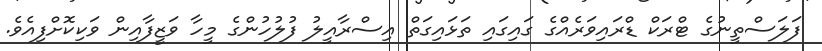
ފަލަސްތީނުގެ ޓްރަކް ޑްރައިވަރެއްގެ ގައިގައި ތަޅައިގަތް އިސްރާއީލު ފުލުހުންގެ މީހާ ވަޒީފާއިން ވަކިކޮށްފިއެވެ.